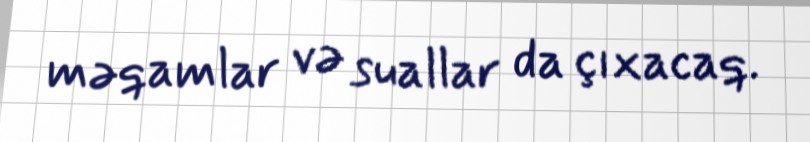
məqamlar və suallar da çıxacaq.